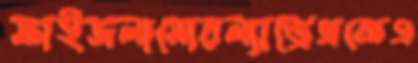
ফাইজলামোরল্যান্ড্রেথকেএ